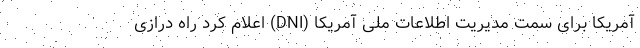
آمریکا برای سمت مدیریت اطلاعات ملی آمریکا (DNI) اعلام کرد راه درازی